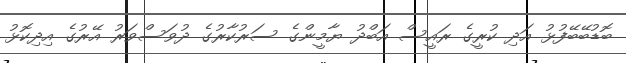
ބޮޑުބޭބޭފުޅު އަދި ކުރީގެ ރައީސް އަބްދު ޔާމީންގެ ސަރުކާރުގެ ދުވަސްވަރު އޭރުގެ އިދިކޮޅު